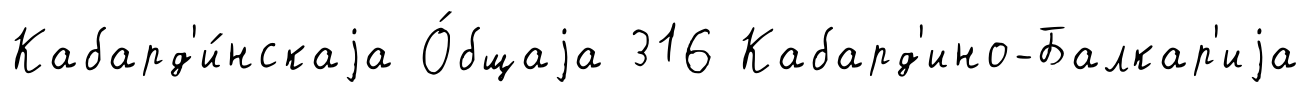
Кабард'и́нскаjа О́бщаjа 316 Кабард'ино-Балкар'иjа